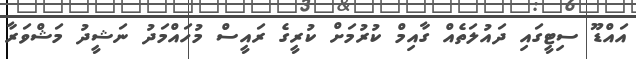
އައްޑޫ ސިޓީގައި ދައުލަތެއް ގާއިމް ކުރުމަށް ކުރީގެ ރައީސް މުހައްމަދު ނަޝީދު މަޝްވަރާ